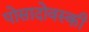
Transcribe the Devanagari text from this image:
पोसादोवस्की